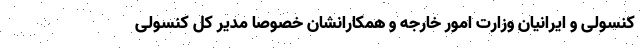
کنسولی و ایرانیان وزارت امور خارجه و همکارانشان خصوصا مدیر کل کنسولی